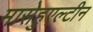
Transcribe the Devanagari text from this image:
मासेहुएल्टीन